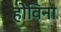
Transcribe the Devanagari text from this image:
होविना